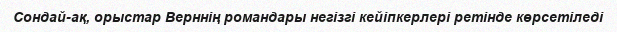
Сондай-ақ, орыстар Верннің романдары негізгі кейіпкерлері ретінде көрсетіледі